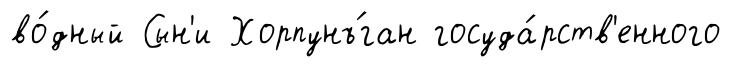
во́дный Сын'и Хорпунъ́ган госуда́рств'енного